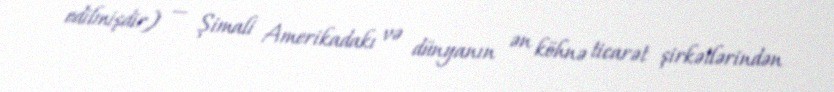
edilmişdir) — Şimali Amerikadakı və dünyanın ən köhnə ticarət şirkətlərindən